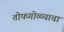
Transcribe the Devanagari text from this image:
तोफगोळ्याचा